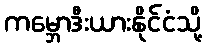
ကမ္ဘောဒီးယားနိုင်ငံသို့